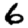
Digit: 6